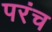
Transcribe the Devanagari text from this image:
परंच